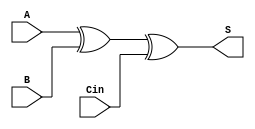
module SUM (S, A, B, Cin);
	output S;
	input A, B, Cin;
	// Behavioral Code
	assign S = A^B^Cin;
	
endmodule

module CARRY (Cout, A, B, Cin);
	output Cout;
	input A, B, Cin;
	// Behavioral Code
	assign Cout = (A&B) | (B&Cin) | (A&Cin);
endmodule

module FA1 (Sum, Cout, A, B, Cin);
	output Sum, Cout;
	input A, B, Cin;	
	// Structural Code
	SUM s1 (.S(Sum), .A(A), .B(B), .Cin(Cin));
	CARRY c1 (.Cout(Cout), .A(A), .B(B), .Cin(Cin));
endmodule

module RCA (Cout, S, A, B,Cin);
	output Cout;
	output [3:0] S;
	input [3:0] A, B;
	input Cin;
	wire [2:0] C;   //Intermediate/Internal Carries
	// FA1 ;   //FA1's Interface (I/O Pins)
	FA1 fa0 (S[0], C[0], A[0], B[0], Cin);
	FA1 fa1 (S[1], C[1], A[1], B[1], C[0]);
	FA1 fa2 (S[2], C[2], A[2], B[2], C[1]);
	FA1 fa3 (S[3], Cout, A[3], B[3], C[2]);
endmodule

module stim_RCA();	//test bench
reg [3:0]A,B;	//4 bits inputs 
reg Cin;
wire Cout;	//1 bits output
wire [3:0]S;	//4 bits outputs 
RCA r(Cout, S, A, B,Cin);
initial
	begin
	$monitor("A=%d		 B=%d	Cin=%d	Sum=%d		Cout=%d",A,B,Cin,S,Cout); 
	A=4'b0000;B=4'b0000;Cin=1'b0; 
	#10 
	A=4'b0010;B=4'b0010;Cin=1'b0; 
	#10
	A=4'b0010;B=4'b0100;Cin=1'b0; 
	#10
	A=4'b0110;B=4'b1010; Cin=1'b0; 
	#10
	A=4'b1111;B=4'b1111;Cin=1'b0; 
	end 
endmodule